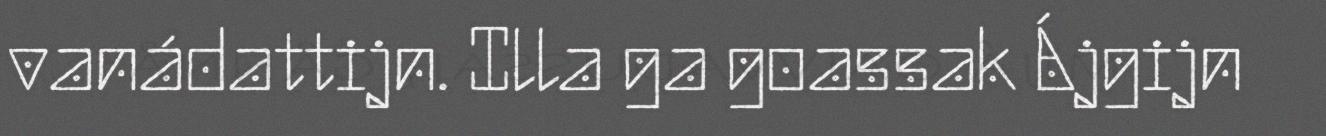
vanádattijn. Illa ga goassak Ájgijn